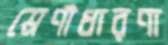
শ্রেণীধারণা